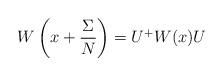
LaTeX: \begin{align*}W\left(x + \frac{\Sigma}{N}\right) = U^+ W(x) U\end{align*}